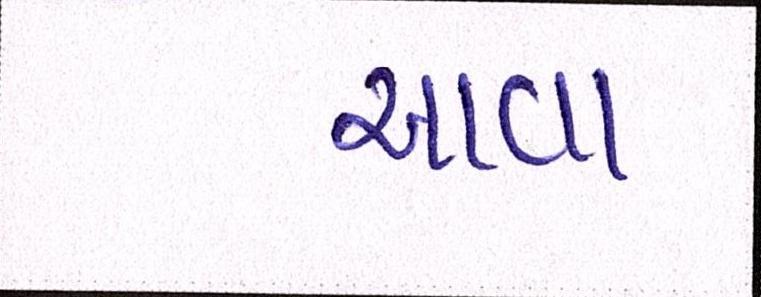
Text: આવા